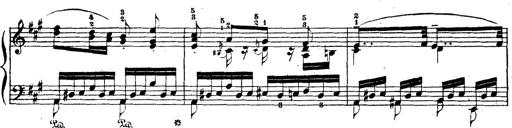
Title: Wagner-Liszt Album
Composer: Franz Liszt